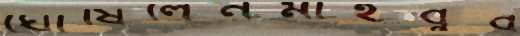
ঘোষিলেনমাহবুব